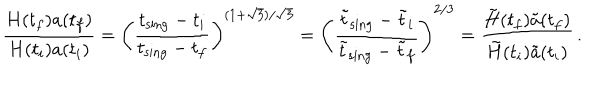
{ \frac { H ( t _ { f } ) a ( t _ { f } ) } { H ( t _ { i } ) a ( t _ { i } ) } } = \left( { \frac { t _ { \mathrm { s i n g } } - t _ { i } } { t _ { \mathrm { s i n g } } - t _ { f } } } \right) ^ { ( 1 + \sqrt { 3 } ) / \sqrt { 3 } } = \left( { \frac { \tilde { t } _ { \mathrm { s i n g } } - \tilde { t } _ { i } } { \tilde { t } _ { \mathrm { s i n g } } - \tilde { t } _ { f } } } \right) ^ { 2 / 3 } = { \frac { \tilde { H } ( t _ { f } ) \tilde { a } ( t _ { f } ) } { \tilde { H } ( t _ { i } ) \tilde { a } ( t _ { i } ) } } \, .